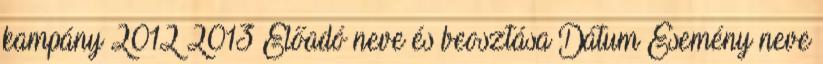
kampány 2012–2013 Előadó neve és beosztása Dátum Esemény neve